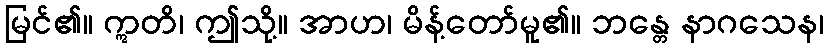
မြင်၏။ ဣတိ၊ ဤသို့။ အာဟ၊ မိန့်တော်မူ၏။ ဘန္တေ နာဂသေန၊